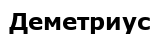
Деметриус